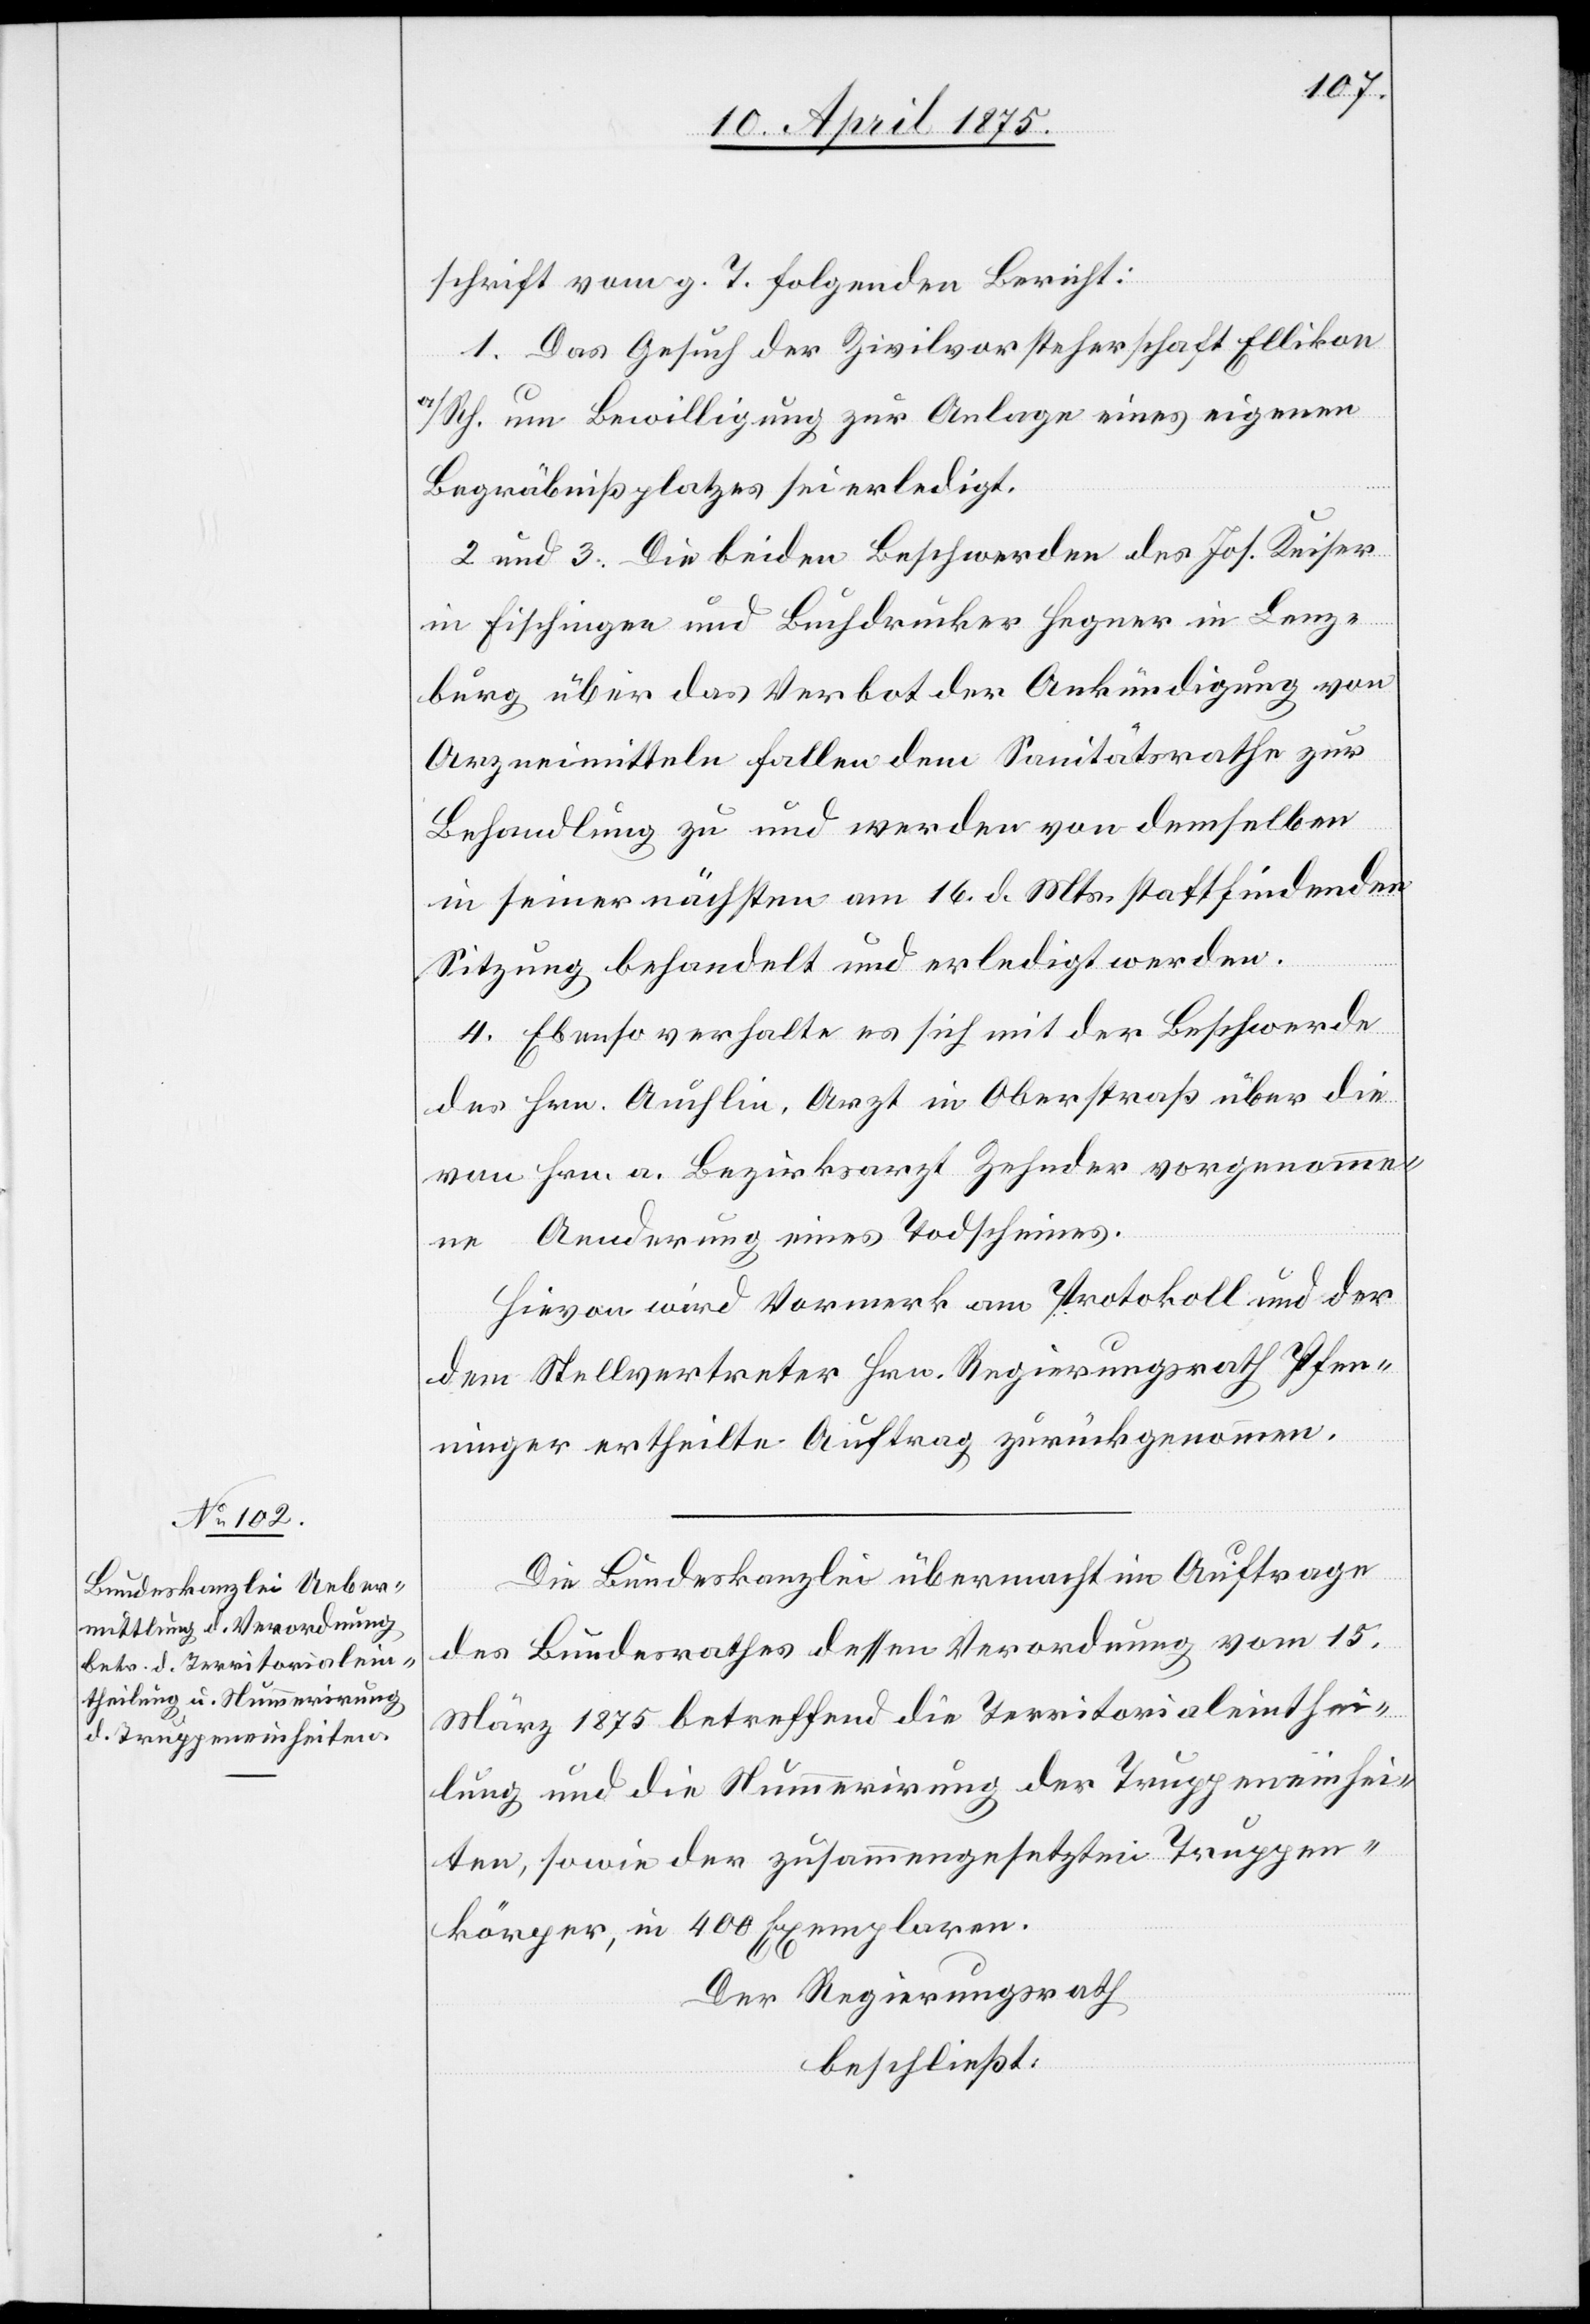
schrift vom g. T. folgenden Bericht:
1. Das Gesuch der Zivilvorsteherschaft Ellikon
a/Rh. um Bewilligung zur Anlage eines eigenen
Begräbnißplatzes sei erledigt.
2 und 3. Die beiden Beschwerden des Jos. Keiser
in Fischingen und Buchdrucker Hegner in Lenz¬
burg über das Verbot der Ankündigung von
Arzneimitteln fallen dem Sanitätsrathe zur
Behandlung zu und werden von demselben
in seiner nächsten am 16. d. Mts. stattfindenden
Sitzung behandelt und erledigt werden.
4. Ebenso verhalte es sich mit der Beschwerde
des Hrn. Auchlin, Arzt in Oberstraß über die
von Hrn. a. Bezirksarzt Zehnder vorgenomme¬
ne Aenderung eines Todscheines.
Hievon wird Vormerk am Protokoll und der
dem Stellvertreter Hrn. Regierungsrath Pfen¬
ninger ertheilte Auftrag zurückgenommen.
Die Bundeskanzlei übermacht im Auftrage
des Bundesrathes dessen Verordnung vom 15.
März 1875 betreffend die Territorialeinthei¬
lung und die Nummerirung der Truppeneinhei¬
ten, sowie der zusammengesetzten Truppen¬
körper, in 400 Exemplaren.
Der Regierungsrath,
beschließt: